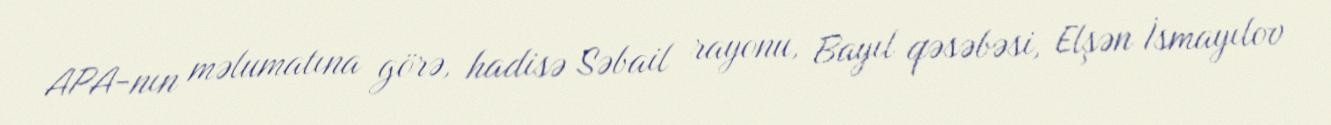
APA-nın məlumatına görə, hadisə Səbail rayonu, Bayıl qəsəbəsi, Elşən İsmayılov